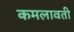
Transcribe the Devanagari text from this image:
कमलावती